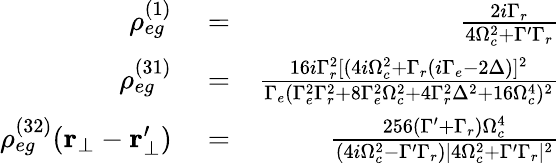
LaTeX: \begin{array}{rlr}{\rho_{eg}^{(1)}}&{{}=}&{\frac{2i\Gamma_{r}}{4\Omega_{c}^{2}+\Gamma^{\prime}\Gamma_{r}}}\\ {\rho_{eg}^{(31)}}&{{}=}&{\frac{16i\Gamma_{r}^{2}[(4i\Omega_{c}^{2}+\Gamma_{r}(i\Gamma_{e}-2\Delta)]^{2}}{\Gamma_{e}(\Gamma_{e}^{2}\Gamma_{r}^{2}+8\Gamma_{e}^{2}\Omega_{c}^{2}+4\Gamma_{r}^{2}\Delta^{2}+16\Omega_{c}^{4})^{2}}}\\ {\rho_{eg}^{(32)}(\mathbf{r_{\bot}}-\mathbf{r_{\bot}^{\prime}})}&{{}=}&{\frac{256(\Gamma^{\prime}+\Gamma_{r})\Omega_{c}^{4}}{(4i\Omega_{c}^{2}-\Gamma^{\prime}\Gamma_{r})|4\Omega_{c}^{2}+\Gamma^{\prime}\Gamma_{r}|^{2}}}\end{array}